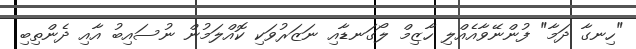
"ހިނގާ ދަމާ" ފުންނޭވާއެއްލި ހާޒިމް ލޯގަނޑާއި ނަޒަރުވަކި ކޮއްލަމުން ނުސައިބު އާއި ދެންތިބި